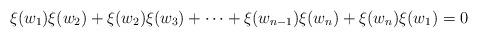
LaTeX: \begin{align*}\xi(w_1)\xi(w_2)+\xi(w_2)\xi(w_3)+\cdots+\xi(w_{n-1})\xi(w_n)+\xi(w_n)\xi(w_1)=0\end{align*}